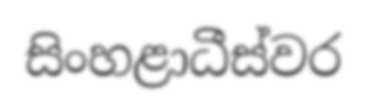
සිංහළාධීස්වර